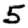
Digit: 5